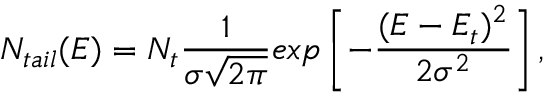
N _ { t a i l } ( E ) = N _ { t } \frac { 1 } { \sigma \sqrt { 2 \pi } } e x p \left[ - \frac { ( E - E _ { t } ) ^ { 2 } } { 2 \sigma ^ { 2 } } \right] ,